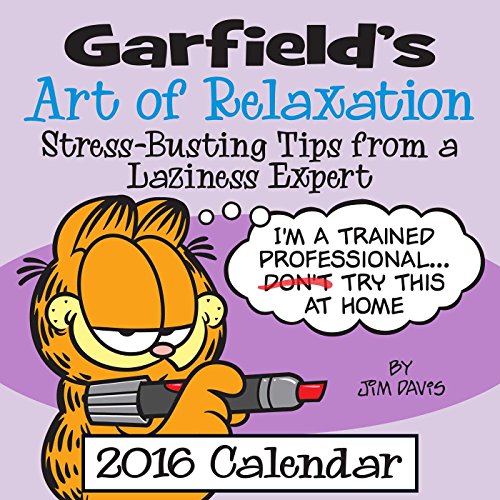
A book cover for Garfield 2016 Wall Calendar; Jim Davis; Calendars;